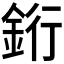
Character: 𬫑